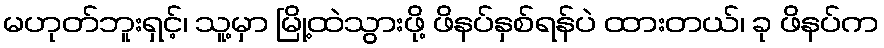
မဟုတ်ဘူးရှင့်၊ သူ့မှာ မြို့ထဲသွားဖို့ ဖိနပ်နှစ်ရန်ပဲ ထားတယ်၊ ခု ဖိနပ်က